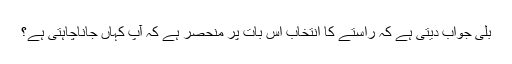
بلی جواب دیتی ہے کہ راستے کا انتخاب اس بات پر منحصر ہے کہ آپ کہاں جاناچاہتی ہے؟